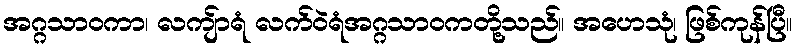
အဂ္ဂသာဝကာ၊ လကျ်ာရံ လက်ဝဲရံအဂ္ဂသာဝကတို့သည်။ အဟေသုံ၊ ဖြစ်ကုန်ပြီ။